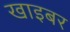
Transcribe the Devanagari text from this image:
खाइबर